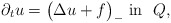
\begin{align*}\partial_t u = \big( \Delta u + f \big)_- \mbox{ in } \ Q,\end{align*}